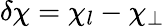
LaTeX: \delta\chi=\chi_{l}-\chi_{\perp}